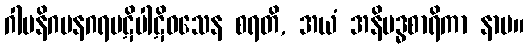
ဂါမနိဂမနဂရပဋိပါဋိဝသေန စရတိ, အယံ အနိဗဒ္ဓစာရိကာ နာမ။